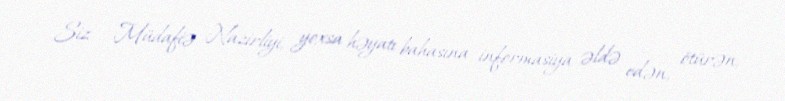
Siz - Müdafiə Nazirliyi, yoxsa həyatı bahasına informasiya əldə edən, ötürən,